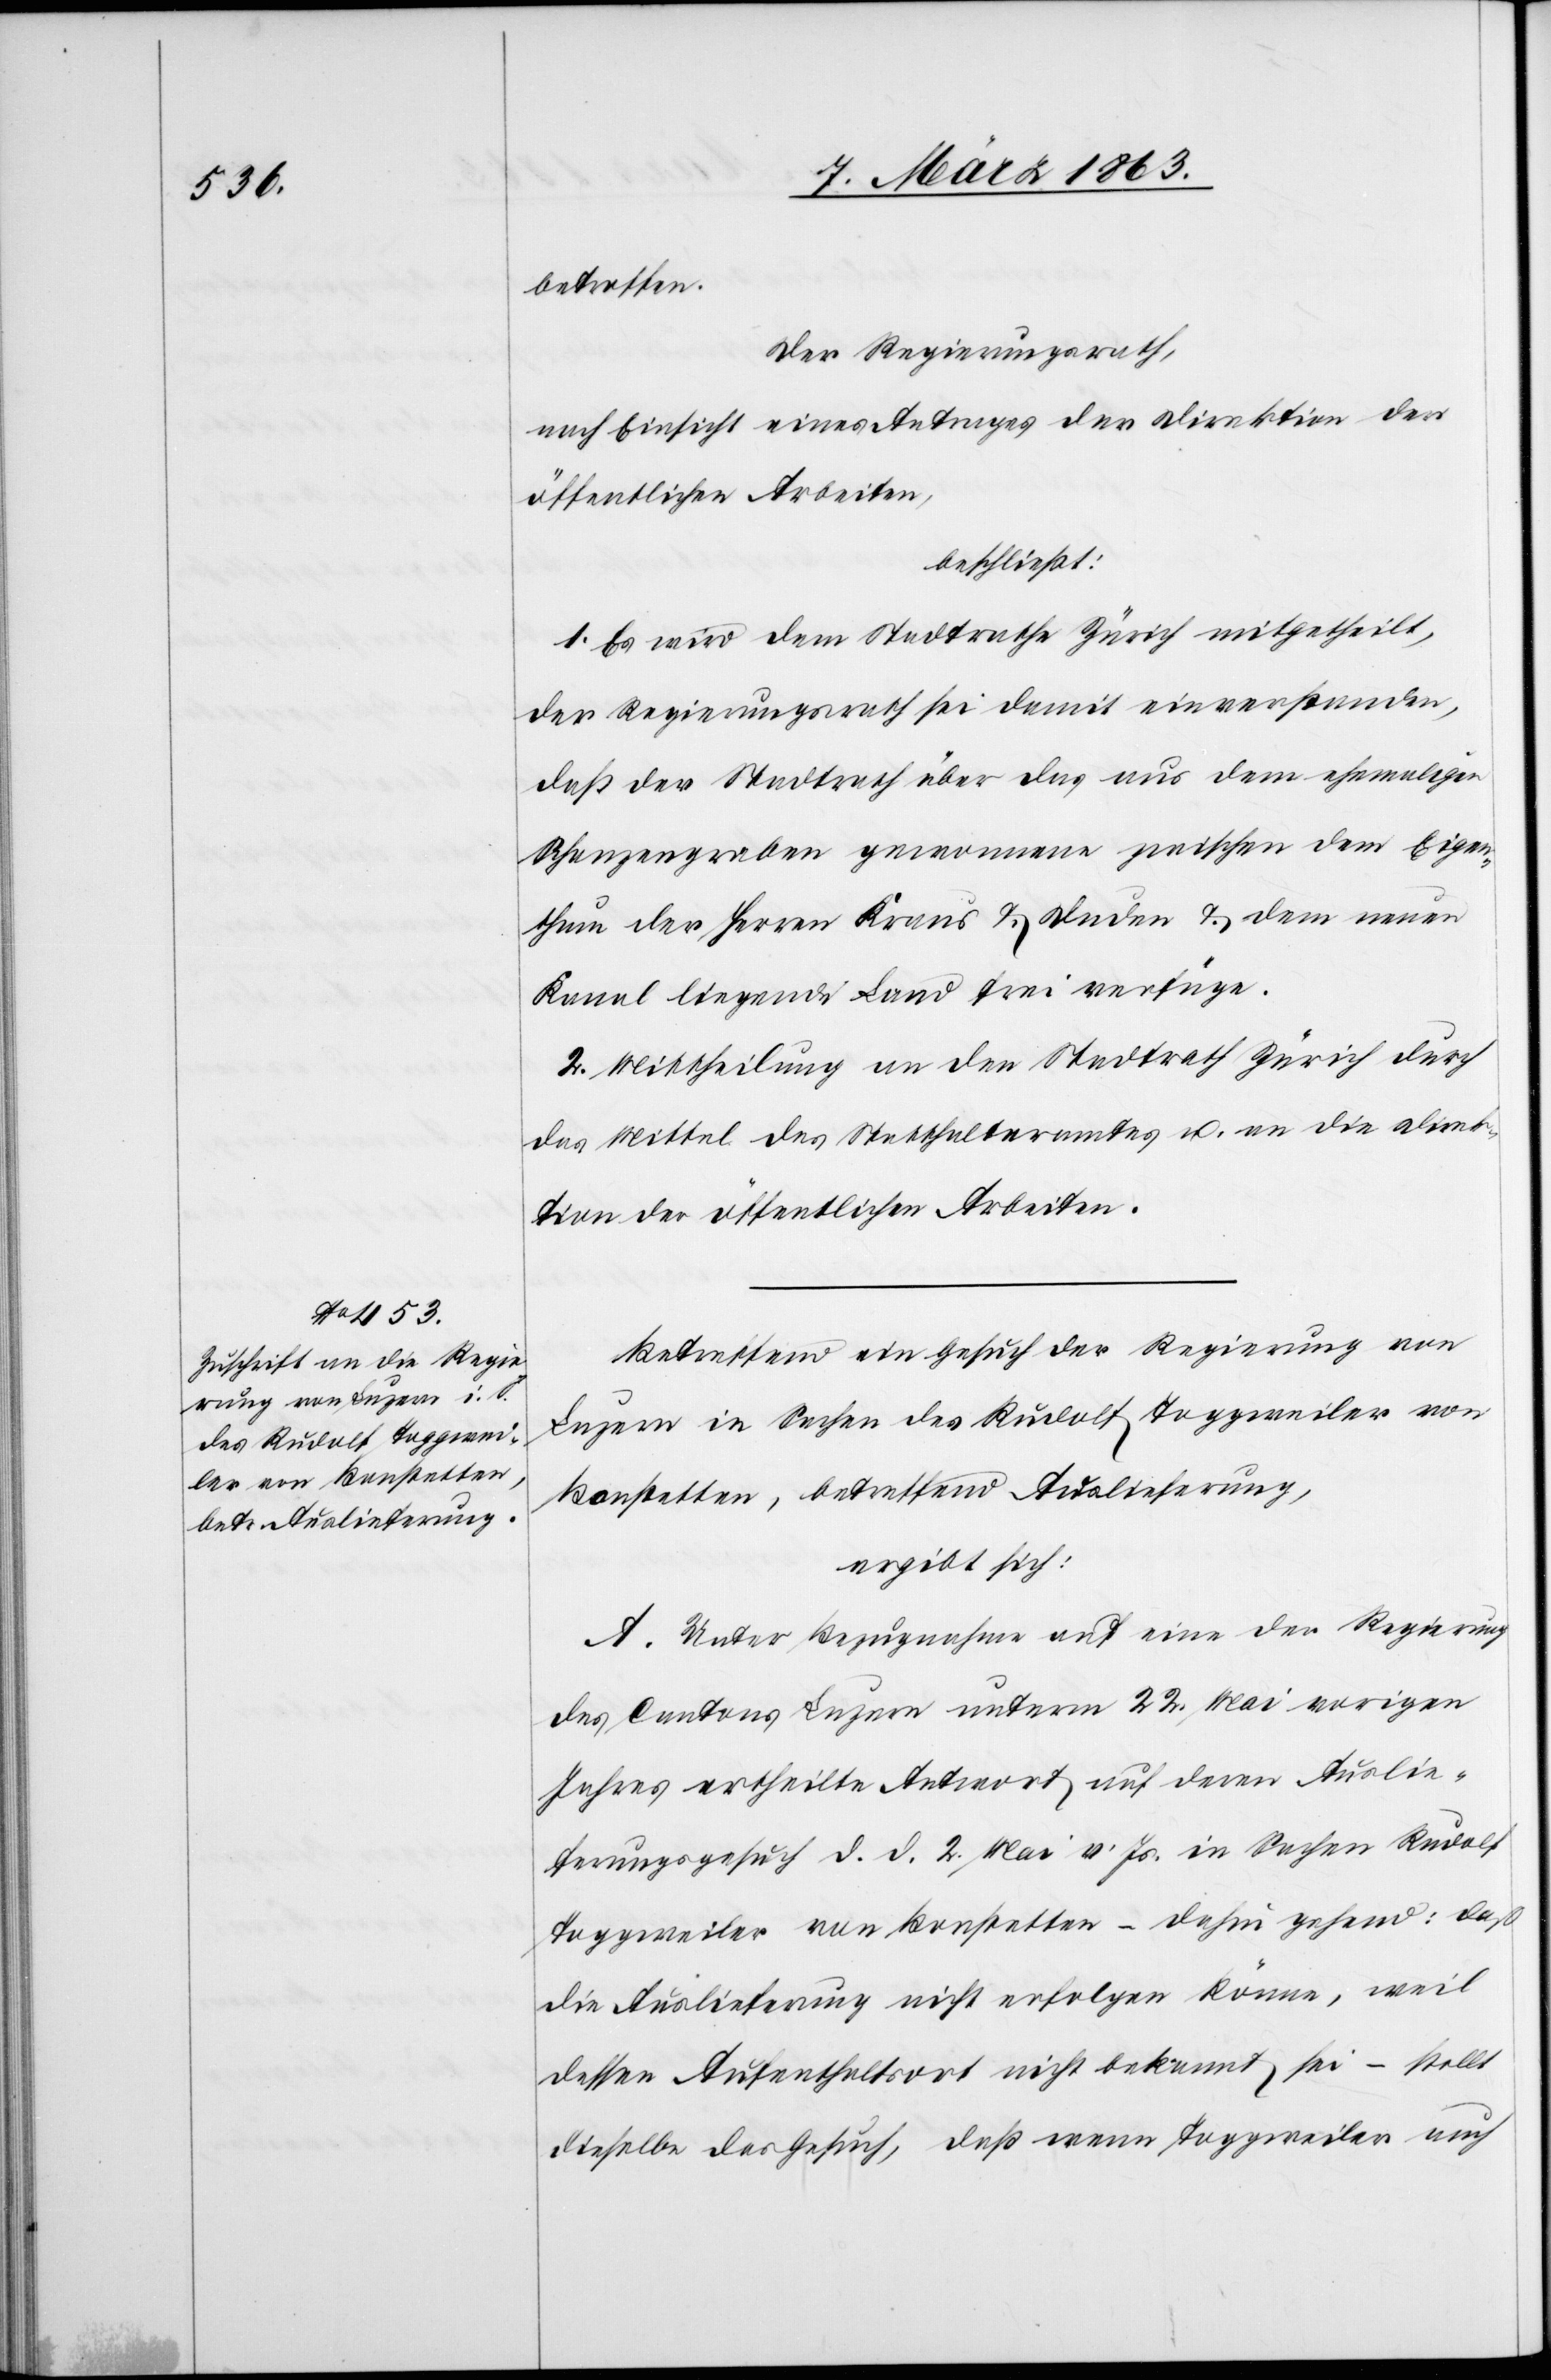
betroffen.
Der Regierungsrath,
nach Einsicht eines Antrages der Direktion der
öffentlichen Arbeiten,
beschließt:
1. Es wird dem Stadtrathe Zürich mitgetheilt,
der Regierungsrath sei damit einverstanden,
daß der Stadtrath über das aus dem ehemaligen
Schanzengraben gewonnene zwischen dem Eigen¬
thum der Herren Kraus & Duden & dem neuen
Kanal liegende Land frei verfüge.
2. Mittheilung an den Stadtrath Zürich durch
das Mittel des Statthalteramtes u. an die Direk¬
tion der öffentlichen Arbeiten.
Betreffend ein Gesuch der Regierung von
Luzern in Sachen des Rudolf Toggweiler von
Bonstetten, betreffend Auslieferung,
ergibt sich:
A. Unter Bezugnahme auf eine der Regierung
des Cantons Luzern unterm 22. Mai vorigen
Jahres ertheilte Antwort auf deren Auslie¬
ferungsgesuch d. d. 2. Mai v. Js. in Sachen Rudolf
Toggweiler von Bonstetten – dahin gehend: daß
die Auslieferung nicht erfolgen könne, weil
dessen Aufenthaltsort nicht bekannt sei – stellt
dieselbe das Gesuch, daß wenn Toggweiler auch